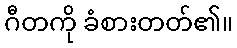
ဂီတကို ခံစားတတ်၏။